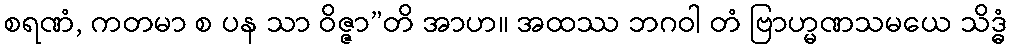
စရဏံ, ကတမာ စ ပန သာ ဝိဇ္ဇာ”တိ အာဟ။ အထဿ ဘဂဝါ တံ ဗြာဟ္မဏသမယေ သိဒ္ဓံ